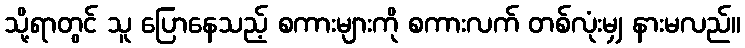
သို့ရာတွင် သူ ပြောနေသည့် စကားများကို စကားလက် တစ်လုံးမျှ နားမလည်။